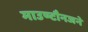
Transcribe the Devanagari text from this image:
माउण्टौनजने